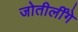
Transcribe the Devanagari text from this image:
जोतीर्लींगे